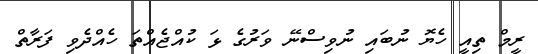
ރީމް ތިއީ ހެޔޮ ނުބައި ނުވިސްނޭ ވަރުގެ ޅަ ކުއްޖެއްތަ ހެއްދެވި ފަރާތް